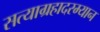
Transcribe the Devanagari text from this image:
सत्याग्रहादरम्यान